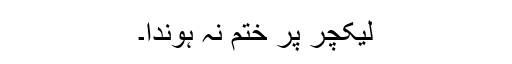
لیکچر پر ختم نہ ہوندا۔